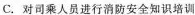
C.对司乘人员进行消防安全知识培训